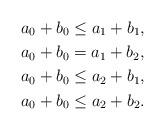
LaTeX: \begin{align*}a_0 + b_0 & \leq a_1 + b_1, \\a_0 + b_0 & = a_1 + b_2, \\a_0 + b_0 & \leq a_2 + b_1, \\a_0 + b_0 & \leq a_2+b_2.\end{align*}